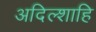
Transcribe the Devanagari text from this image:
अदिल्शाहि